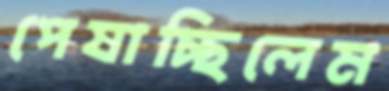
পেষাচ্ছিলেম